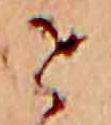
せ